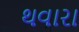
થવારા